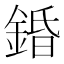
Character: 錉